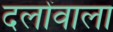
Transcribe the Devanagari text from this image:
दलोंवाला